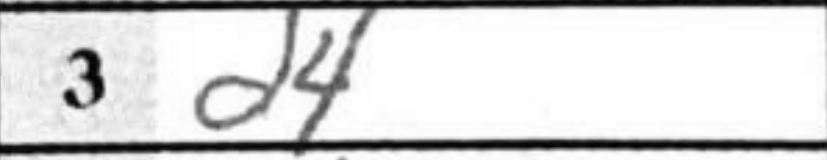
Transcription: d4